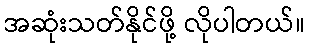
အဆုံးသတ်နိုင်ဖို့ လိုပါတယ်။